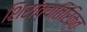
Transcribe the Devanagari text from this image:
शिरांव्यतिरिक्त